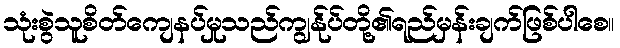
သုံးစွဲသူစိတ်ကျေနပ်မှုသည်ကျွန်ုပ်တို့၏ရည်မှန်းချက်ဖြစ်ပါစေ။